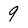
Character: 9